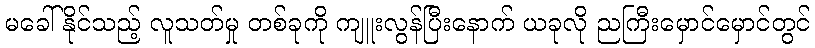
မခေါ်နိုင်သည့် လူသတ်မှု တစ်ခုကို ကျူးလွန်ပြီးနောက် ယခုလို ညကြီးမှောင်မှောင်တွင်